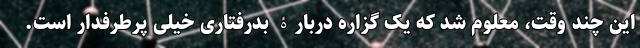
این چند وقت، معلوم شد که یک گزاره دربارۀ بدرفتاری خیلی پرطرفدار است.